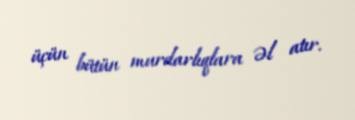
üçün bütün murdarlıqlara əl atır.